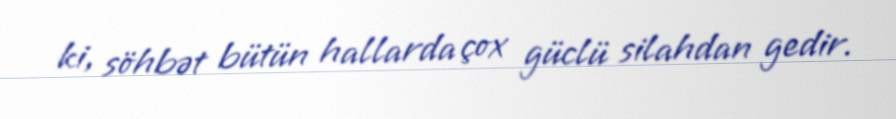
ki, söhbət bütün hallarda çox güclü silahdan gedir.